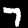
Digit: 7